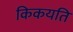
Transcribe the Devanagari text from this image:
किकयति